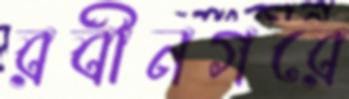
রবীনগরে